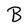
Character: B